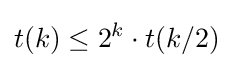
t(k)\leq 2^{k}\cdot t(k/2)